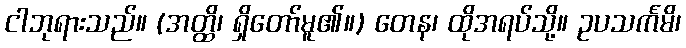
ငါဘုရားသည်။ (အတ္ထိ၊ ရှိတော်မူ၏။) တေန၊ ထိုအရပ်သို့။ ဥပသင်္ကမိ၊